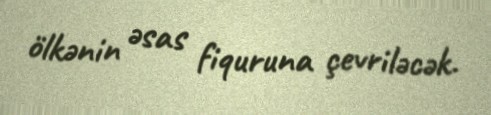
ölkənin əsas fiquruna çevriləcək.